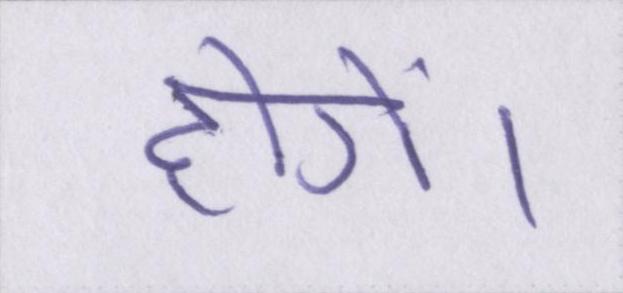
होगें।